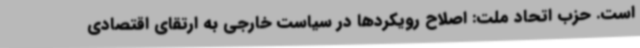
است. حزب اتحاد ملت: اصلاح رویکردها در سیاست خارجی به ارتقای اقتصادی